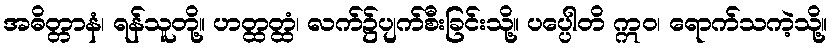
အဓိတ္တာနံ၊ ရန်သူတို့။ ဟတ္ထတ္ထံ၊ လက်၌ပျက်စီးခြင်းသို့။ ပပ္ပေါတိ ဣဝ၊ ရောက်သကဲ့သို့။